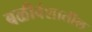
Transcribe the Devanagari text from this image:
बळीवंशातील